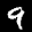
Label: 9